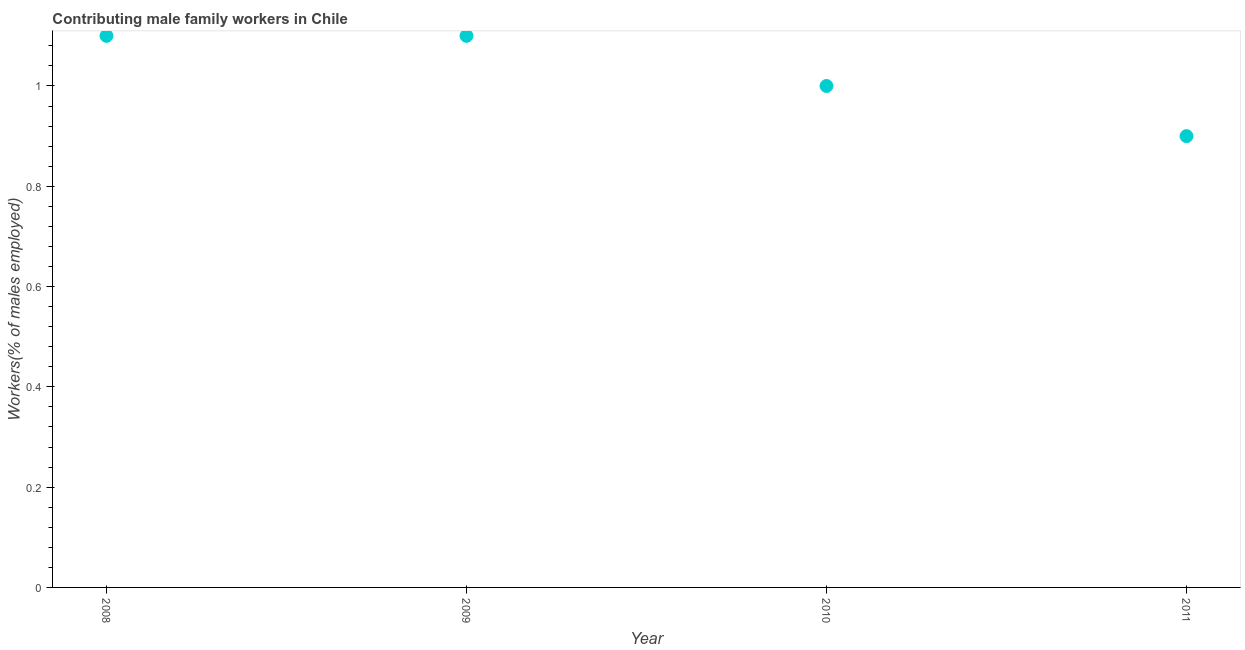
| Year | Contributing family workers |
 | --- | --- |
 | 2008 | 1.1 |
 | 2009 | 1.1 |
 | 2010 | 1 |
 | 2011 | 0.9 |